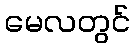
မေလတွင်